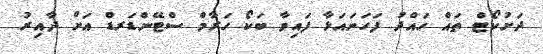
ދަށުކޯޓް ތައް ހައްދު ފަހަނައަޅާ ފައިވާ ބަކޯ ހަރާމް ސްޓޭންޑަރޑް އަށް ދާއިރު